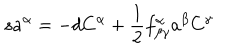
LaTeX: s a ^ { \alpha } = - d C ^ { \alpha } + \frac { 1 } { 2 } f _ { \beta \gamma } ^ { \alpha } a ^ { \beta } C ^ { \gamma }